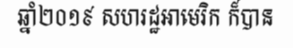
ឆ្នាំ២០១៩ សហរដ្ឋអាមេរិក ក៏បាន